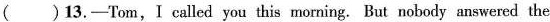
( )13.—Tom, I called you this morning. But noboby answered the